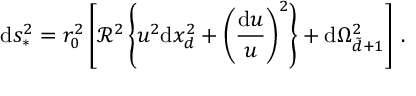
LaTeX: \mathrm { d } s _ { * } ^ { 2 } = r _ { 0 } ^ { 2 } \left[ \mathcal { R } ^ { 2 } \left\{ u ^ { 2 } \mathrm { d } x _ { d } ^ { 2 } + \left( { \frac { \mathrm { d } u } { u } } \right) ^ { 2 } \right\} + \mathrm { d } \Omega _ { \tilde { d } + 1 } ^ { 2 } \right] \, .